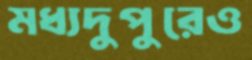
মধ্যদুপুরেও